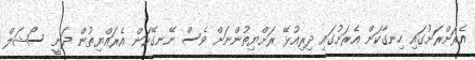
އެރަށްރަށުގައި ހިނގާކަން އެރަށުގައި ދިރިއުޅޭ ރަށްޔިތުންނަށް ވެސް ނޭނގޭކަން އެރައްޔިތުން ދަނީ ސޯޝަލް